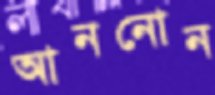
আননোন